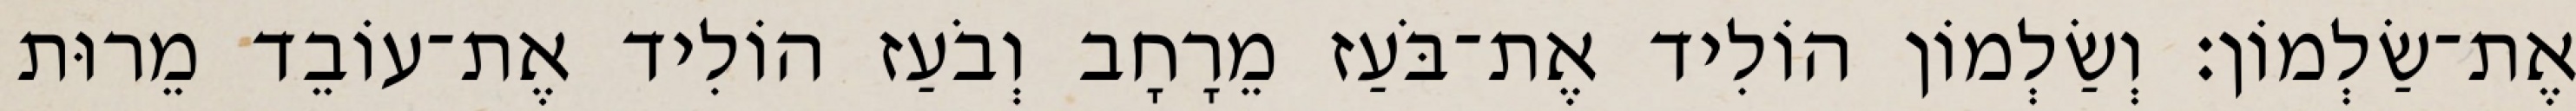
אֶת־שַׂלְמוֹן׃ וְשַׂלְמוֹן הוֹלִיד אֶת־בֹּעַז מֵרָחָב וְבֹעַז הוֹלִיד אֶת־עוֹבֵד מֵרוּת